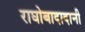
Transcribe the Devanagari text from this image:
राघोबादादानी